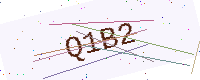
Text: Q1B2